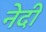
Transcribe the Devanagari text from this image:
नेदी